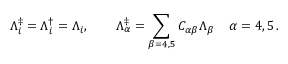
\Lambda _ { i } ^ { \ddagger } = \Lambda _ { i } ^ { \dagger } = \Lambda _ { i } , \quad \quad \Lambda _ { \alpha } ^ { \ddagger } = \sum _ { \beta = 4 , 5 } C _ { \alpha \beta } \Lambda _ { \beta } \, \quad \alpha = 4 , 5 \, .